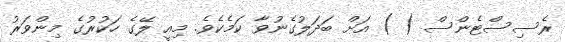
ރެސިސްޓެންސް ( ) އަށް ބަދަލުގެނުވާ ކަމެކެވެ. މިއީ ލޭގެ ހަކުރުގެ މިންވަރު